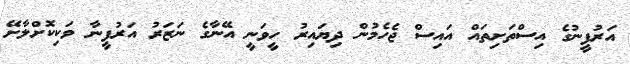
އަރުފީނުގެ އިސްތަށިތައް އައިސް ޖެހެމުން ދިޔައިރު ހީވަނީ އޭނާގެ ނަޒަރު އަރުފީނާ ވަކިކޮށްލާށޭ